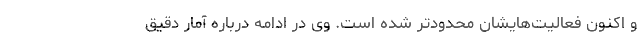
و اکنون فعالیت‌هایشان محدودتر شده است. وی در ادامه درباره آمار دقیق